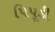
પિપૂડી